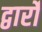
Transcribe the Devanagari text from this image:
द्वार्रों